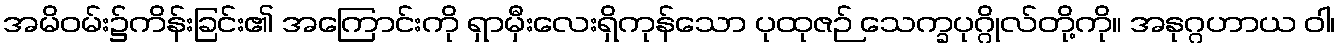
အမိဝမ်း၌ကိန်းခြင်း၏ အကြောင်းကို ရှာမှီးလေးရှိကုန်သော ပုထုဇဉ် သေက္ခပုဂ္ဂိုလ်တို့ကို။ အနုဂ္ဂဟာယ ဝါ၊